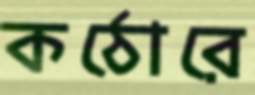
কঠোরে